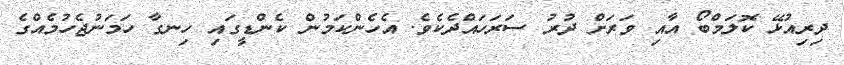
ދިރިއުޅޭ ކޮލަަމްބޯ އާއި ވަރަށް ދުރު ސަރަހައްދެކެވެ. އެހެންކަމުން ކެންޑީގައި ހިނގާ ހަމަަނުޖެހުމެއްގެ